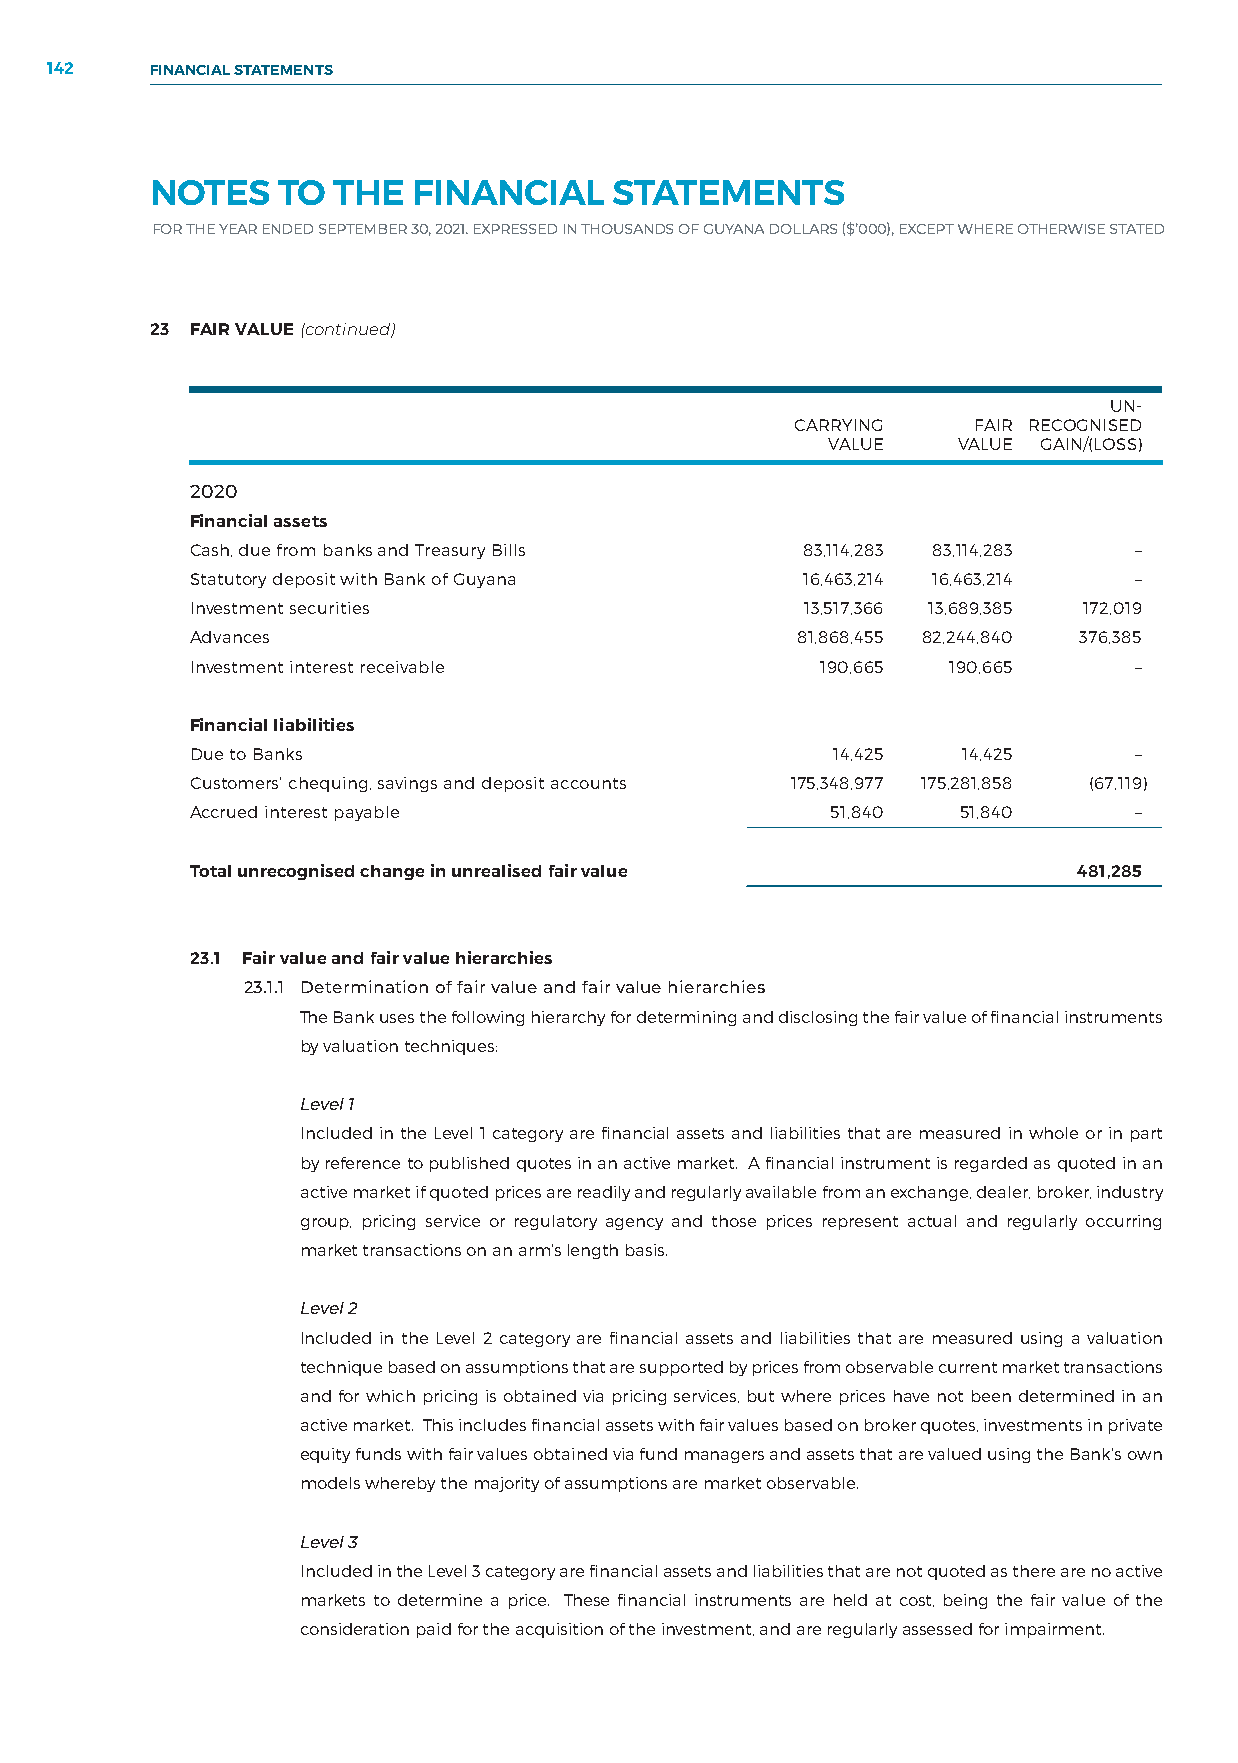
142    FINANCIAL STATEMENTS
 NOTES   TO  THE  FINANCIAL     STATEMENTS
 FOR THE YEAR ENDED SEPTEMBER 30, 2021. EXPRESSED IN THOUSANDS OF GUYANA DOLLARS ($’000), EXCEPT WHERE OTHERWISE STATED
 23 FAIR VALUE (continued)
 UN-
 CARRYING   FAIR RECOGNISED
 VALUE   VALUE GAIN/(LOSS)
 2020
 Financial assets
 Cash, due from banks and Treasury Bills 83,114,283 83,114,283 –
 Statutory deposit with Bank of Guyana   16,463,214 16,463,214 –
 Investment securities                   13,517,366 13,689,385 172,019
 Advances                                81,868,455 82,244,840 376,385
 Investment interest receivable           190,665  190,665     –
 Financial liabilities
 Due to Banks                              14,425   14,425     –
 Customers’ chequing, savings and deposit accounts 175,348,977 175,281,858 (67,119)
 Accrued interest payable                  51,840   51,840     –
 Total unrecognised change in unrealised fair value        481,285
 23.1 Fair value and fair value hierarchies
 23.1.1 Determination of fair value and fair value hierarchies
 The Bank uses the following hierarchy for determining and disclosing the fair value of financial instruments
 by valuation techniques:
 Level 1
 Included in the Level 1 category are financial assets and liabilities that are measured in whole or in part
 by reference to published quotes in an active market. A financial instrument is regarded as quoted in an
 active market if quoted prices are readily and regularly available from an exchange, dealer, broker, industry
 group, pricing service or regulatory agency and those prices represent actual and regularly occurring
 market transactions on an arm’s length basis.
 Level 2
 Included in the Level 2 category are financial assets and liabilities that are measured using a valuation
 technique based on assumptions that are supported by prices from observable current market transactions
 and for which pricing is obtained via pricing services, but where prices have not been determined in an
 active market. This includes financial assets with fair values based on broker quotes, investments in private
 equity funds with fair values obtained via fund managers and assets that are valued using the Bank’s own
 models whereby the majority of assumptions are market observable.
 Level 3
 Included in the Level 3 category are financial assets and liabilities that are not quoted as there are no active
 markets to determine a price. These financial instruments are held at cost, being the fair value of the
 consideration paid for the acquisition of the investment, and are regularly assessed for impairment.